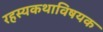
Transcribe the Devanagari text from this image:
रहस्यकथाविषयक